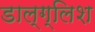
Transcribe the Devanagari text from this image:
डाल्ग्लिश